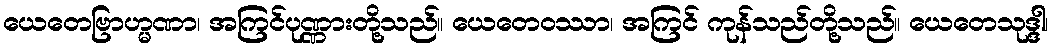
ယေတေဗြာဟ္မဏာ၊ အကြင်ပုဏ္ဏားတို့သည်။ ယေတေဝဿာ၊ အကြင် ကုန်သည်တို့သည်။ ယေတေသုဒ္ဒါ၊